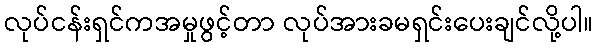
လုပ်ငန်းရှင်ကအမှုဖွင့်တာ လုပ်အားခမရှင်းပေးချင်လို့ပါ။